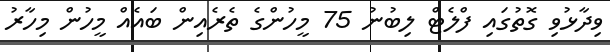
ވިދާޅުވި ގޮތުގައި ފްލެޓް ލިބުނު 75 މީހުންގެ ތެރެއިން ބައެއް މީހުން މިހާރު